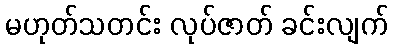
မဟုတ်သတင်း လုပ်ဇာတ် ခင်းလျက်